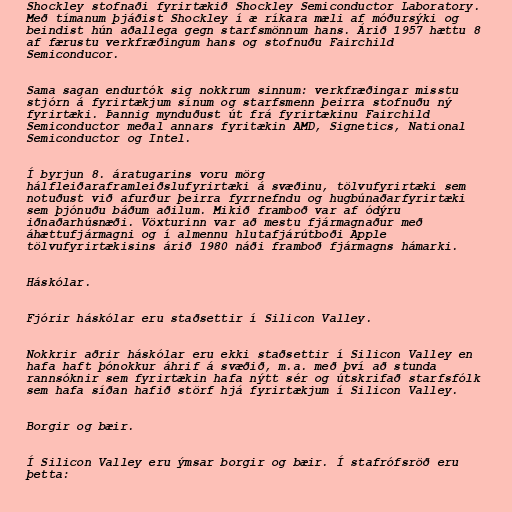
Shockley stofnaði fyrirtækið Shockley Semiconductor Laboratory.
Með tímanum þjáðist Shockley í æ ríkara mæli af móðursýki og
beindist hún aðallega gegn starfsmönnum hans. Árið 1957 hættu 8
af færustu verkfræðingum hans og stofnuðu Fairchild
Semiconducor.

Sama sagan endurtók sig nokkrum sinnum: verkfræðingar misstu
stjórn á fyrirtækjum sínum og starfsmenn þeirra stofnuðu ný
fyrirtæki. Þannig mynduðust út frá fyrirtækinu Fairchild
Semiconductor meðal annars fyritækin AMD, Signetics, National
Semiconductor og Intel.

Í byrjun 8. áratugarins voru mörg
hálfleiðaraframleiðslufyrirtæki á svæðinu, tölvufyrirtæki sem
notuðust við afurður þeirra fyrrnefndu og hugbúnaðarfyrirtæki
sem þjónuðu báðum aðilum. Mikið framboð var af ódýru
iðnaðarhúsnæði. Vöxturinn var að mestu fjármagnaður með
áhættufjármagni og í almennu hlutafjárútboði Apple
tölvufyrirtækisins árið 1980 náði framboð fjármagns hámarki.

Háskólar.

Fjórir háskólar eru staðsettir í Silicon Valley.

Nokkrir aðrir háskólar eru ekki staðsettir í Silicon Valley en
hafa haft þónokkur áhrif á svæðið, m.a. með því að stunda
rannsóknir sem fyrirtækin hafa nýtt sér og útskrifað starfsfólk
sem hafa síðan hafið störf hjá fyrirtækjum í Silicon Valley.

Borgir og bæir.

Í Silicon Valley eru ýmsar borgir og bæir. Í stafrófsröð eru
þetta: